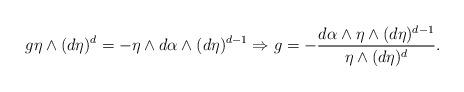
LaTeX: \begin{align*}g \eta\wedge (d\eta)^d = - \eta \wedge d\alpha \wedge (d\eta)^{d-1} \Rightarrow g = -\frac{d\alpha \wedge\eta \wedge (d\eta)^{d-1}}{\eta\wedge (d\eta)^d }.\end{align*}